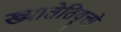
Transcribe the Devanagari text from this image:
ख्यातेतिवृत्तो